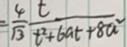
= \frac { 4 } { \sqrt { 3 } } \frac { t } { t ^ { 2 } + 6 a t + 8 a ^ { 2 } }